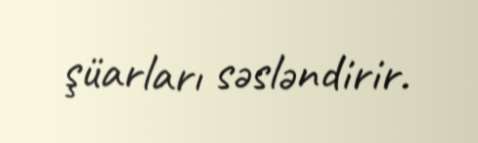
şüarları səsləndirir.